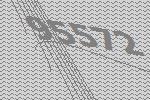
95572